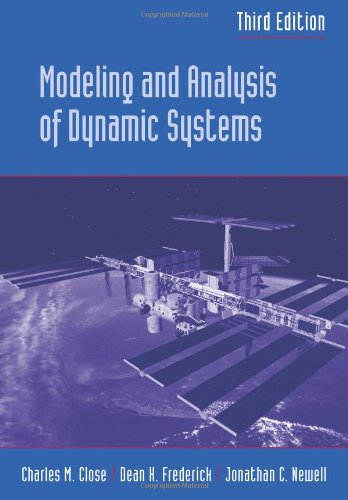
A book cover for Modeling and Analysis of Dynamic Systems; Charles M. Close; Science & Math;